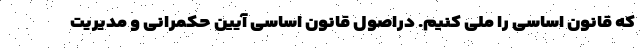
که قانون اساسی را ملی کنیم. دراصول قانون اساسی آیین حکمرانی و مدیریت